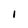
Character: 1